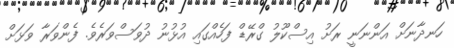
ހަނދާނަށް އަންނަނީ ރަށު އިސްކޫލު ގްރޭޑް ފަހެއްގައި އުޅުނު ދުވަސްވަރެވެ. ފެންވަރާ ވަޅަށް